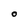
Character: O